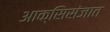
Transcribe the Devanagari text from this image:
आक्सिसंजात